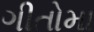
ગીતોમા